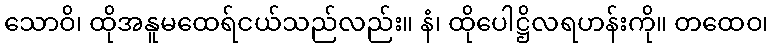
သောဝိ၊ ထိုအနူမထေရ်ငယ်သည်လည်း။ နံ၊ ထိုပေါဋ္ဌိလရဟန်းကို။ တထေဝ၊